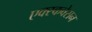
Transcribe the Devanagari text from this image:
एक्स्कवेसन